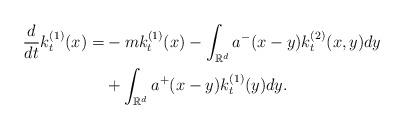
LaTeX: \begin{align*} \frac{d}{dt}k^{(1)}_t(x) = &- m k^{(1)}_t(x) - \int_{\mathbb{R}^d}a^{-}(x-y) k^{(2)}_t(x,y) dy \\&+ \int_{\mathbb{R}^d} a^{+}(x-y)k^{(1)}_t(y) dy .\end{align*}